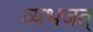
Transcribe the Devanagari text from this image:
व्यभजत्